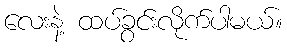
လေးနဲ့ ထပ်ခွင်းလိုက်ပါမယ်။